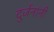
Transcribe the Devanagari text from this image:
दुर्जनांनी